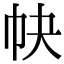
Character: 𢁪